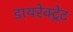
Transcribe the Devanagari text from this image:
डायरेक्ट्रेट